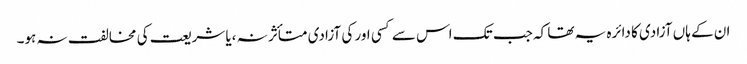
ان کے ہاں آزادی کا دائرہ یہ تھا کہ جب تک اس سے کسی اور کی آزادی متأثر نہ ،یا شریعت کی مخالفت نہ ہو۔